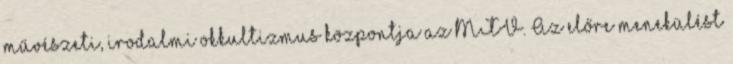
művészeti, irodalmi okkultizmus központja az MTV. Az előre menekülést